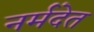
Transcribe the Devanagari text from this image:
नर्मदेत